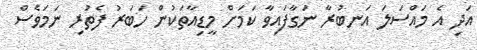
އަދި އެ މައްސަަލަ އަނބުރާ ނަގާފައިވާ ކަމަށް މީޑިއާތަކުން ހަބަރު ފެތުރި ނަަމަވެސް